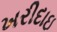
ખરીદાઇ